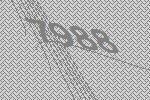
7988